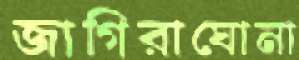
জাগিরাঘোনা